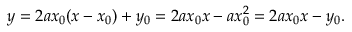
y = 2 a x _ { 0 } ( x - x _ { 0 } ) + y _ { 0 } = 2 a x _ { 0 } x - a x _ { 0 } ^ { 2 } = 2 a x _ { 0 } x - y _ { 0 } .